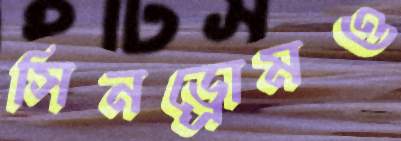
সিনড্রোমও